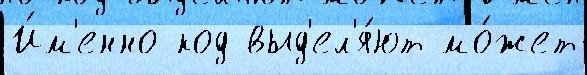
И́м'енно код выд'ел'я́ют мо́жет